King Institute of Preventive Medicine Micro-Biological Section reports 1909-11
Year: 1909
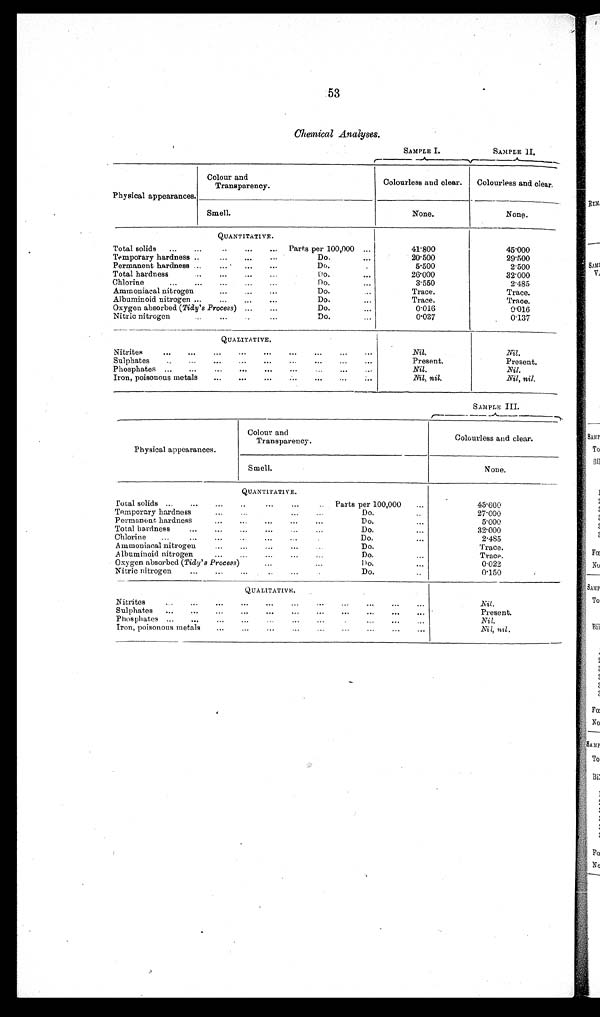
53
Chemical Analyses.
SAMPLE I.
SAMPLE II.
Physical appearances.
Colour and
Transparency.
Colourless and clear. Colourless and clear.
Smell.
None.
None.
QUANTITATIVE.
Total solids ... ...
... ...
Parts per 100,000 ...
41.800
45.000
Temporary hardness ..
... ...
...
Do.
...
20.500
29.500
Permanent hardness ...
...
...
Do.
. . .
5.500
2.500
Total hardness
..
...
...
Do.
....
26.000
3 2 . 0 0 0
Chlorine
... ... ...
... ...
Do.
...
3.550
2.485
Ammoniacal nitrogen
...
...
...
Do.
...
Trace.
Trace.
Albuminoid nitrogen ...
...
...
...
Do.
...
Trace.
Trace.
Oxygen absorbed (Tidy's Process) ... ...
Do.
...
0.016
0 . 0 1 6
Nitric nitrogen
...
..
...
Do.
...
0.037
0.137
QUALITATIVE.
Nitrites
... ...
...
... ...
...
...
...
Nil.
Nil.
Sulphates ... ... ... ... ... ... ... ...
Present.
Present.
Phosphates ... ...
... ...
...
...
...
...
Nil.
Nil.
Iron, poisonous metals ... ...
...
Nil, nil.
Nil, nil.
SAMPLE III.
Physical appearances.
Colour and
Transparency.
Colourless and clear.
Smell.
None.
QUANTITATIVE.
Total solids ... ... ... .. ... ... ..
Parts per 100,000 ...
45.600
Temporary hardness
...
...
...
Do.
...
27.000
Permanent hardness
...
...
...
...
Do.
...
5.000
Total hardness
...
...
...
...
...
Do.
...
32.000
Chlorine ...
...
...
...
...
...
Do.
. . .
2.485
Ammoniacal nitrogen
...
...
...
Do.
...
Trace.
Albuminoid nitrogen
...
...
...
...
...
Do.
...
Trace.
Oxygen absorbed (Tidy's Process)
...
D o .
. . .
0.022
Nitric nitrogen
...
...
.....
...
Do.
...
0.150
QUALITATIVE.
Nitrites
...
...
... ...
...
...
...
...
...
...
Nil.
Sulphates
...
Present.
Phosphates ... ...
... ...
...
.
...
Nil.
Iron, poisonous metals ...
...
...
...
... ...
Nil, nil.